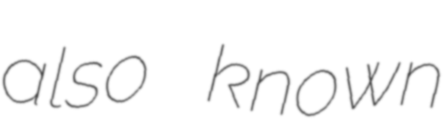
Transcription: also known